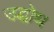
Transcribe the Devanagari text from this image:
उद्घोध